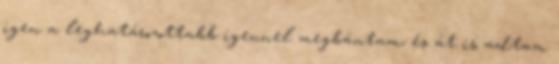
igen a leghatározottabb igennel megbántam, és át is adtam